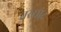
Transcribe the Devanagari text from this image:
तरसोद